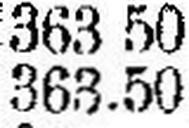
363.50